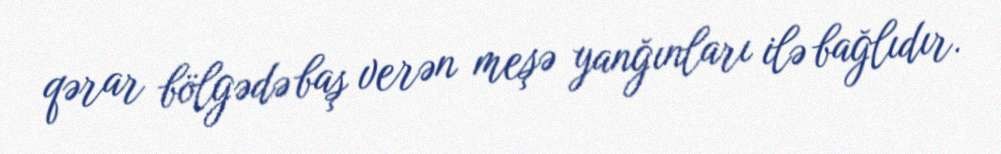
qərar bölgədə baş verən meşə yanğınları ilə bağlıdır.